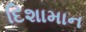
દિશામાન